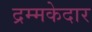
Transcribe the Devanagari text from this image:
द्रम्मकेदार